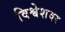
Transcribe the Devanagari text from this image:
विश्वेशवर